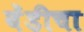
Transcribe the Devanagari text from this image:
बेंडीचा